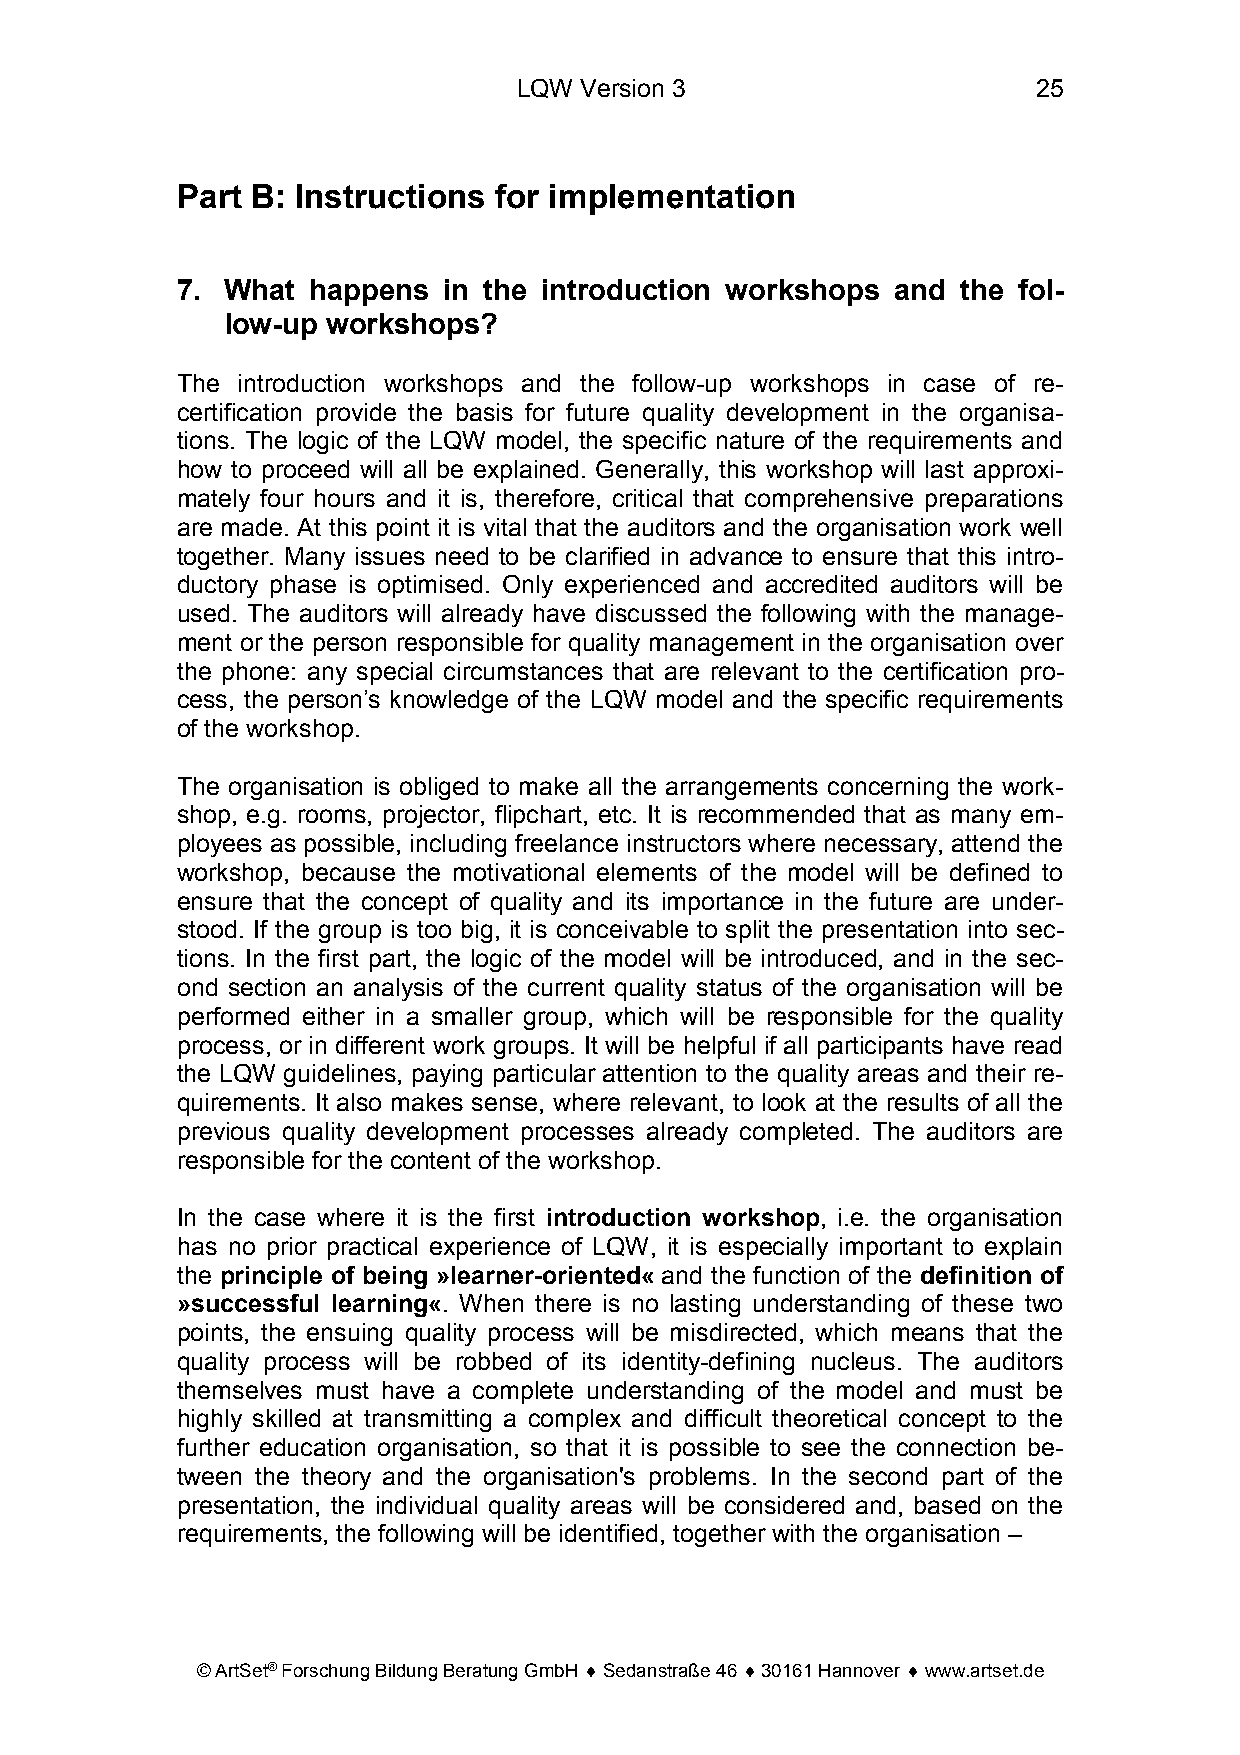
LQW Version 3                      25
 Part B: Instructions for implementation
 7. What  happens in the introduction workshops and  the fol-
 low-up workshops?
 The introduction workshops and the follow-up workshops in case of re-
 certification provide the basis for future quality development in the organisa-
 tions. The logic of the LQW model, the specific nature of the requirements and
 how to proceed will all be explained. Generally, this workshop will last approxi-
 mately four hours and it is, therefore, critical that comprehensive preparations
 are made. At this point it is vital that the auditors and the organisation work well
 together. Many issues need to be clarified in advance to ensure that this intro-
 ductory phase is optimised. Only experienced and accredited auditors will be
 used. The auditors will already have discussed the following with the manage-
 ment or the person responsible for quality management in the organisation over
 the phone: any special circumstances that are relevant to the certification pro-
 cess, the person’s knowledge of the LQW model and the specific requirements
 of the workshop.
 The organisation is obliged to make all the arrangements concerning the work-
 shop, e.g. rooms, projector, flipchart, etc. It is recommended that as many em-
 ployees as possible, including freelance instructors where necessary, attend the
 workshop, because the motivational elements of the model will be defined to
 ensure that the concept of quality and its importance in the future are under-
 stood. If the group is too big, it is conceivable to split the presentation into sec-
 tions. In the first part, the logic of the model will be introduced, and in the sec-
 ond section an analysis of the current quality status of the organisation will be
 performed either in a smaller group, which will be responsible for the quality
 process, or in different work groups. It will be helpful if all participants have read
 the LQW guidelines, paying particular attention to the quality areas and their re-
 quirements. It also makes sense, where relevant, to look at the results of all the
 previous quality development processes already completed. The auditors are
 responsible for the content of the workshop.
 In the case where it is the first introduction workshop, i.e. the organisation
 has no prior practical experience of LQW, it is especially important to explain
 the principle of being »learner-oriented« and the function of the definition of
 »successful learning«. When there is no lasting understanding of these two
 points, the ensuing quality process will be misdirected, which means that the
 quality process will be robbed of its identity-defining nucleus. The auditors
 themselves must have a complete understanding of the model and must be
 highly skilled at transmitting a complex and difficult theoretical concept to the
 further education organisation, so that it is possible to see the connection be-
 tween the theory and the organisation's problems. In the second part of the
 presentation, the individual quality areas will be considered and, based on the
 requirements, the following will be identified, together with the organisation –
 © ArtSet® Forschung Bildung Beratung GmbH ♦ Sedanstraße 46 ♦ 30161 Hannover ♦ www.artset.de